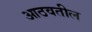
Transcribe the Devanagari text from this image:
आठवतील